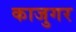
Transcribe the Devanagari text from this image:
काजुगर